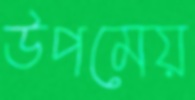
উপমেয়